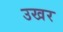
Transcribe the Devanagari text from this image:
उखर